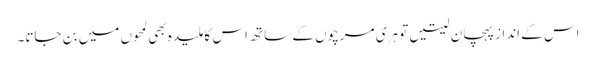
اس کے انداز پہچان لیتیں تو ہری مرچوں کے ساتھ اس کا ملیدہ بھی لمحوں میں بن جاتا۔